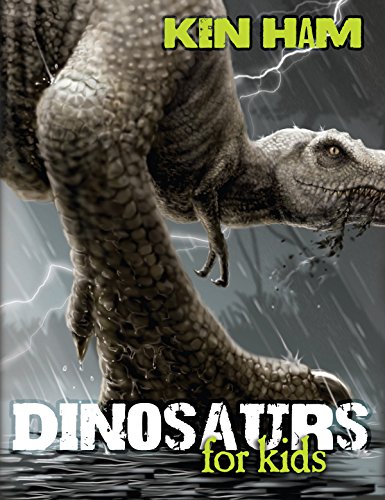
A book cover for Dinosaurs for Kids; Ken Ham; Children's Books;